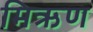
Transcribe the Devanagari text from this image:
मिऋण